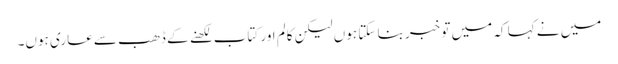
میں نے کہا کہ میں تو خبر بنا سکتا ہوں لیکن کالم اور کتاب لکھنے کے ڈھب سے عاری ہوں۔